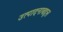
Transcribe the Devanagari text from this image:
उत्पादनाबद्दल